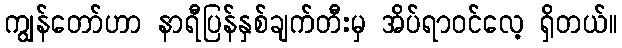
ကျွန်တော်ဟာ နာရီပြန်နှစ်ချက်တီးမှ အိပ်ရာဝင်လေ့ ရှိတယ်။